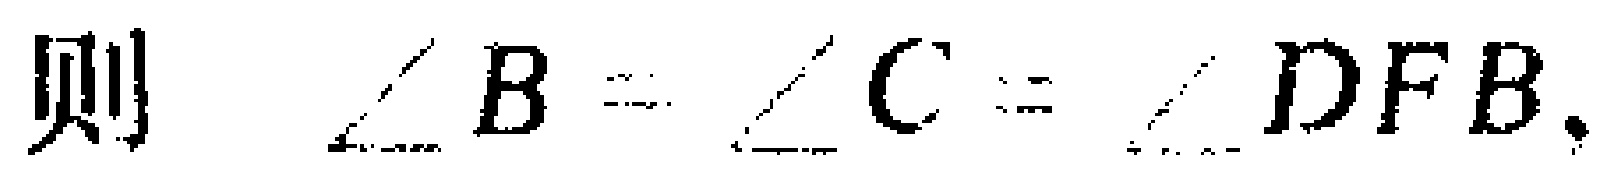
则 $\angle B = \angle C = \angle DFB.$